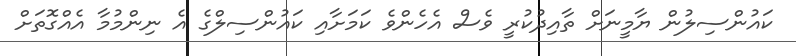
ކައުންސިލުން ޔާމީނަށް ތާއިދުކުރީ ވެސް އެހެންވެ ކަމަށާއި ކައުންސިލްގެ އެ ނިންމުމާ އެއްގޮތަށް